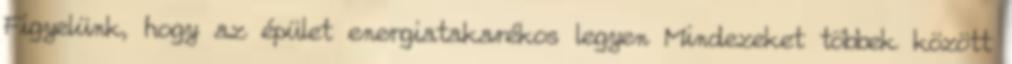
Figyelünk, hogy az épület energiatakarékos legyen Mindezeket többek között